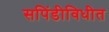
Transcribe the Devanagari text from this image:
सपिंडीविधीत